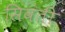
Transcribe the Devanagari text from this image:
सिवंती